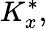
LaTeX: K_{x}^{*},